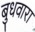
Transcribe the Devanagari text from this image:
बुधवारा